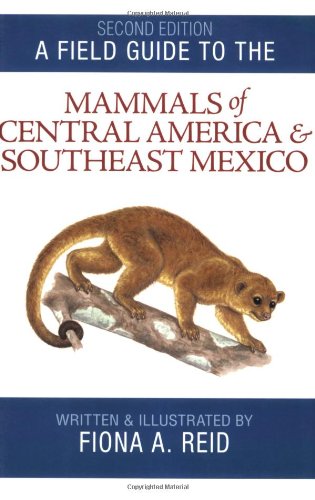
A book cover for A Field Guide to the Mammals of Central America and Southeast Mexico; Fiona A. Reid; Science & Math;